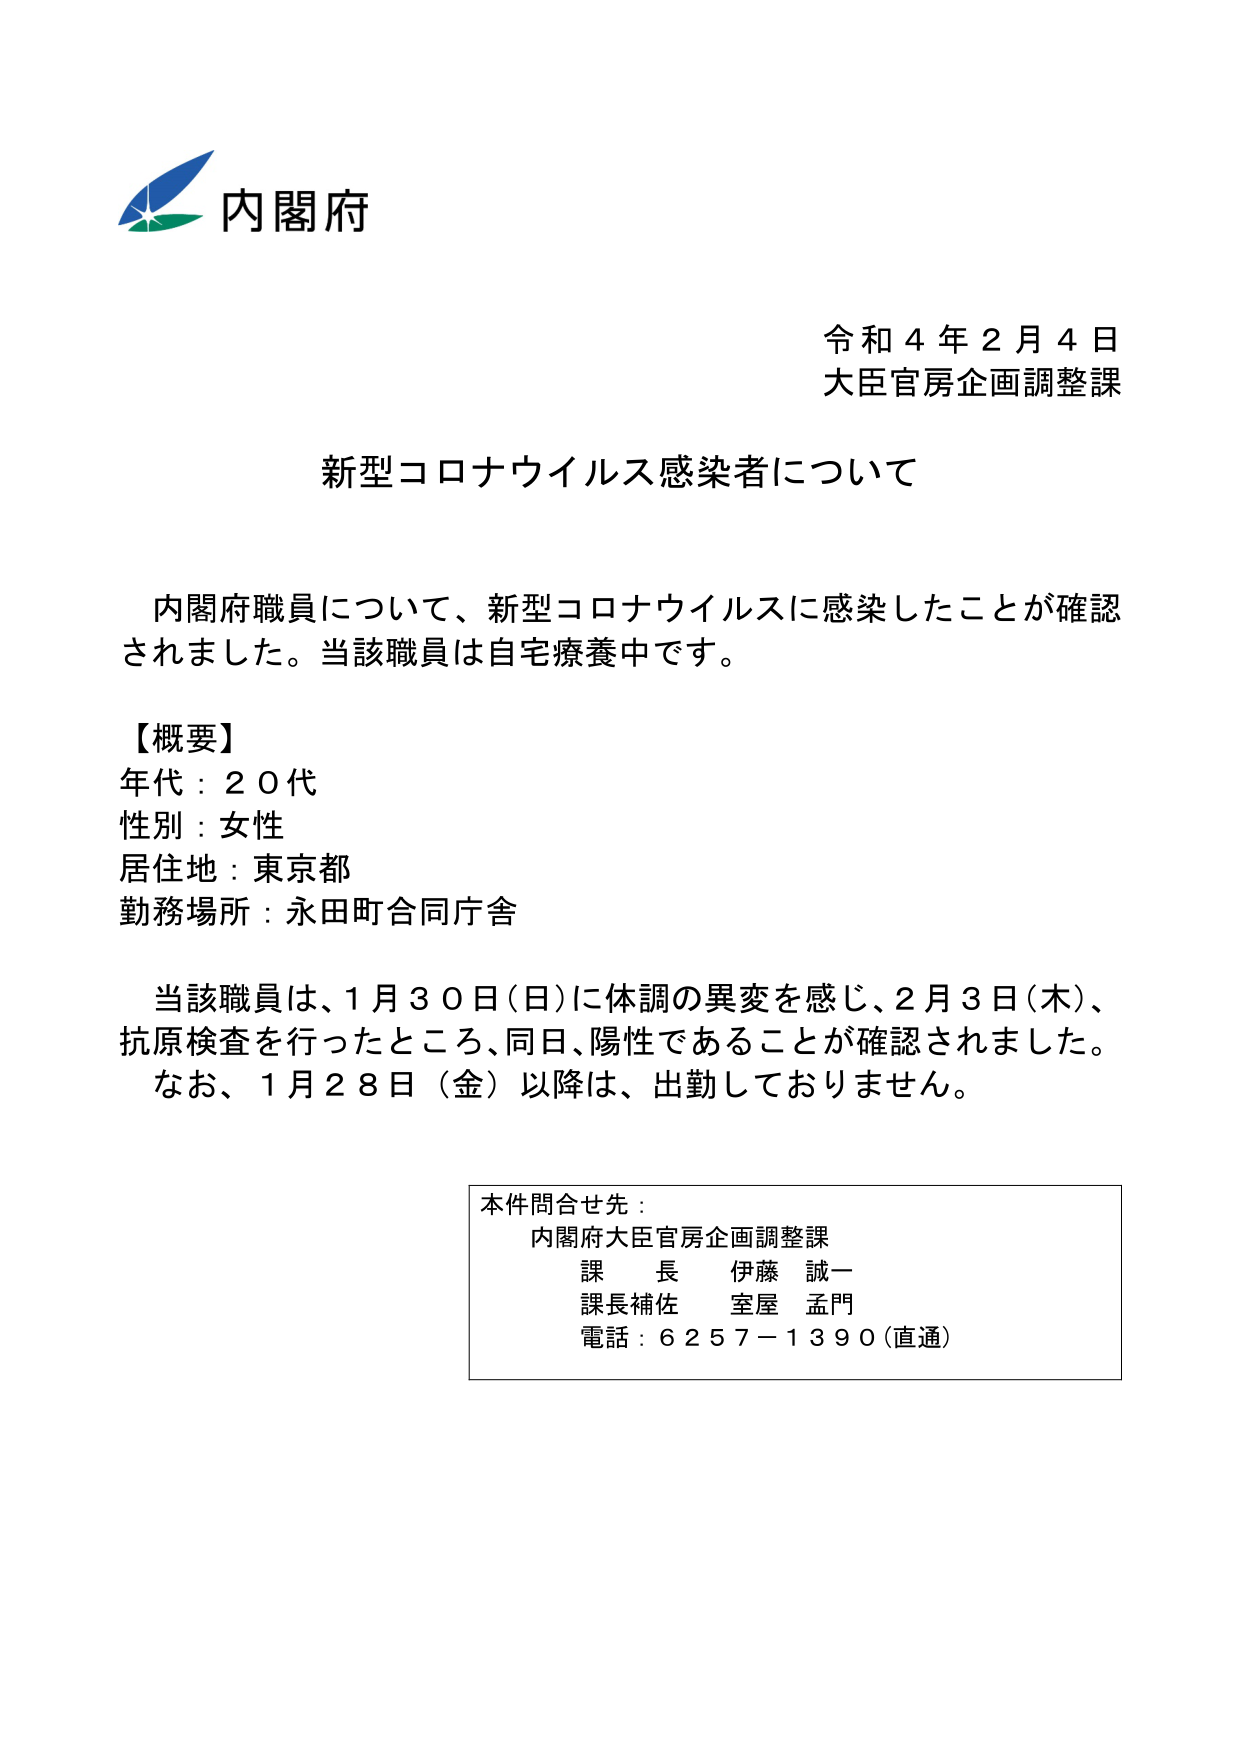
内閣府
令和４年２月４日
大臣官房企画調整課

新型コロナウイルス感染者について

内閣府職員について、新型コロナウイルスに感染したことが確認されました。当該職員は自宅療養中です。

【概要】
年代：２０代
性別：女性
居住地：東京都
勤務場所：永田町合同庁舎

当該職員は、１月３０日（日）に体調の異変を感じ、２月３日（木）、抗原検査を行ったところ、同日、陽性であることが確認されました。
なお、１月２８日（金）以降は、出勤しておりません。

本件問合せ先：
内閣府大臣官房企画調整課
課長 伊藤 誠一
課長補佐 室屋 孟門
電話：６２５７－１３９０（直通）